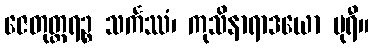
ဇေတုတ္တရဉ္စ သင်္ကဿံ၊ ကုသိနာရာဒယော ပုရီ။